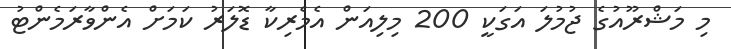
މި މަޝްރޫއުގެ ޖުމުލަ އަގަކީ 200 މިލިއަން އެމެރިކާ ޑޮލަރު ކަަމަށް އެންވާރަމެންޓު